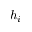
h _ { i }